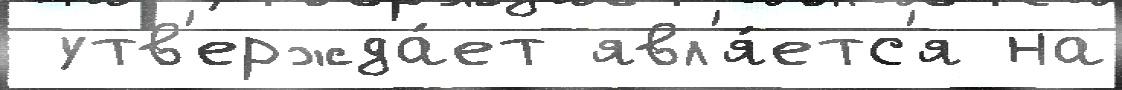
 утв'ержда́ет явл'я́етс'я на